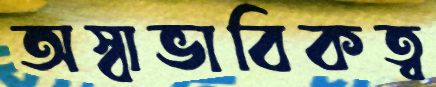
অস্বাভাবিকত্ব